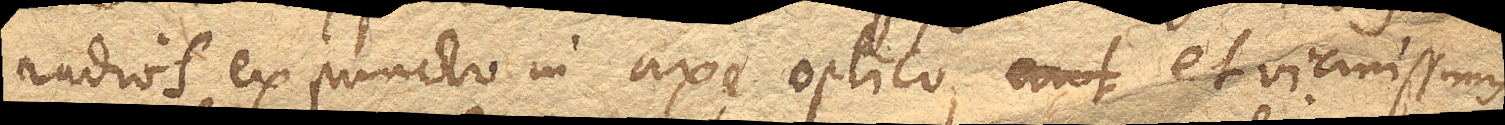
radios ex puncto in axe optico, aut et vicinissimis